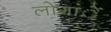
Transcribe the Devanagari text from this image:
लोगांें